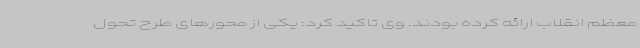
معظم انقلاب ارائه کرده بودند. وی تاکید کرد: یکی از محورهای طرح تحول